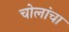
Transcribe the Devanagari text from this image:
चोलांचा